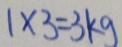
1 \times 3 = 3 k g